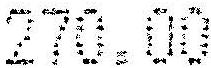
270.00